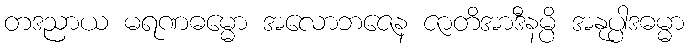
တဒညာယ မရဏဓမ္မော အလောဘဇေန ဇာတိအာဒီနမ္ပိ အနုပ္ပါဒဓမ္မာ